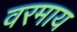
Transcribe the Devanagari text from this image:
वरमाय